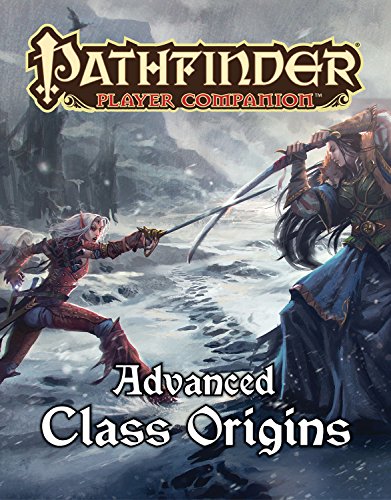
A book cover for Pathfinder Player Companion: Advanced Class Origins; Dennis Baker; Science Fiction & Fantasy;